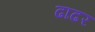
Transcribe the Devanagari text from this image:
ढाढर